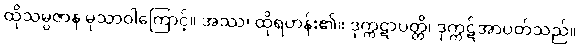
ထိုသမ္ပဇာန မုသာဝါကြောင့်။ အဿ၊ ထိုရဟန်း၏။ ဒုက္ကဋာပတ္တိ၊ ဒုက္ကဋ်အာပတ်သည်။